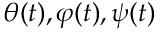
\theta ( t ) , \varphi ( t ) , \psi ( t )